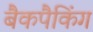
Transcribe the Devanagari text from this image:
बैकपैकिंग